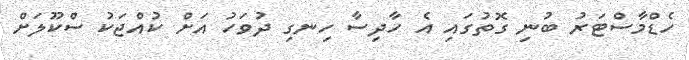
ހެޑްމާސްޓަރު ބުނި ގޮތުގައި އެ ހާދިސާ ހިނގި ދުވަހު އަށް ކުއްޖަކު ސްކޫލަށް